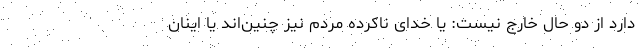
دارد از دو حال خارج نیست: یا خدای ناکرده مردم نیز چنین‌اند یا اینان